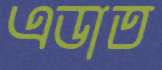
এডাত